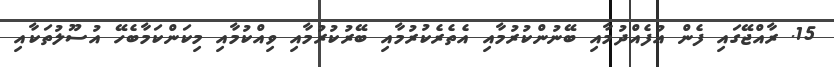
15. ރާއްޖޭގައި ފެން އުފެއްދުމާއި ބޭނުންކުރުމާއި އެތެރެކުރުމާއި ބޭރުކުރުމާއި ވިއްކުމާއި މިކަންކަމާބެހޭ އުސޫލުތަކާއި